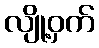
လျို့ဝှက်